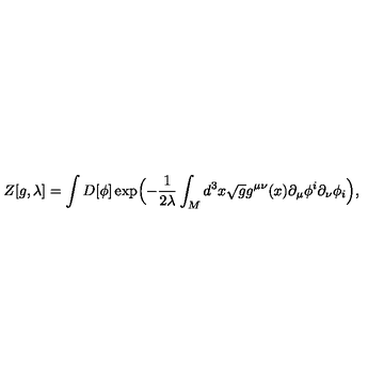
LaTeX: Z [ g , \lambda ] = \int D [ \phi ] \exp \Bigl ( - { \frac { 1 } { 2 \lambda } } \int _ { \sl M } d ^ { 3 } x \sqrt { g } g ^ { \mu \nu } ( x ) \partial _ { \mu } \phi ^ { i } \partial _ { \nu } \phi _ { i } \Bigr ) ,